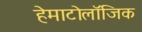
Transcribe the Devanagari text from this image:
हेमाटोलॉजिक